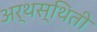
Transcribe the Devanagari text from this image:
अर्थस्थिती